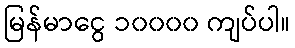
မြန်မာငွေ ၁၀၀၀၀ ကျပ်ပါ။